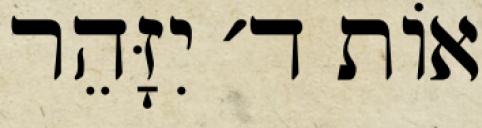
אוֹת ד׳ יִזָּהֵר